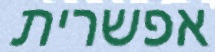
אפשרית